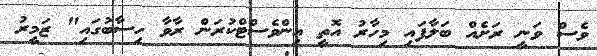
ވެސް ވަނީ ރަށެއް ބަލާފައި މިހާރު އޮތީ އިންވެސްޓްކުރަން ރާވާ ހިސާބުގައި" ޒަމީރު